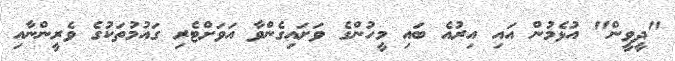
"ދީވީން" އުޅެމުން އައި އިރުއެ ބައި މީހުންގެ ވަށައިގެންވާ އަވަށްޓެރި ގައުމުތަކުގެ ވެރީންނާއި